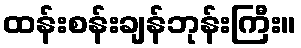
ထန်းစန်းချန်ဘုန်းကြီး။